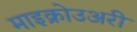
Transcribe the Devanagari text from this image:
माइक्रोउअरी